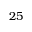
2 5